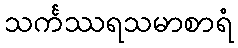
သင်္ကဿရသမာစာရံ